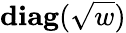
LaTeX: \textbf{diag}(\sqrt{w})